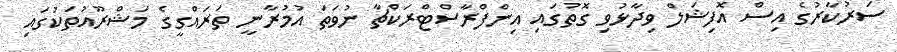
ސަރުކާރުގެ އިސް އޮފިޝަލް ވިދާޅުވި ގޮތުގައި އިންފްރާސްޓްރަކްޗާ ނުވަތަ އުމުރާނީ ތަރައްގީގެ މަޝްރޫއުތަކުގައި